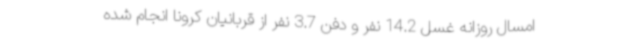
امسال روزانه غسل 14.2 نفر و دفن 3.7 نفر از قربانیان کرونا انجام شده